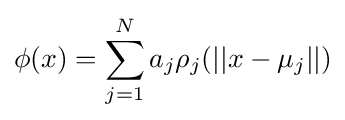
\phi (x)=\sum _{j=1}^{N}a_{j}\rho _{j}(||x-\mu _{j}||)